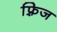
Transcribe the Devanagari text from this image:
फ़्रिज